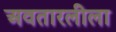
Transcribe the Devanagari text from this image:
अवतारलीला